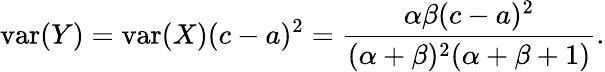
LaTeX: {\mathrm{var}}(Y)={\mathrm{var}}(X)(c-a)^{2}={\frac{\alpha\beta(c-a)^{2}}{(\alpha+\beta)^{2}(\alpha+\beta+1)}}.